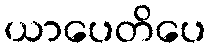
ယာပေတိပေ